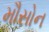
મૌસોન